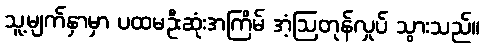
သူ့မျက်နှာမှာ ပထမဦးဆုံးအကြိမ် အံ့ဩတုန်လှုပ် သွားသည်။